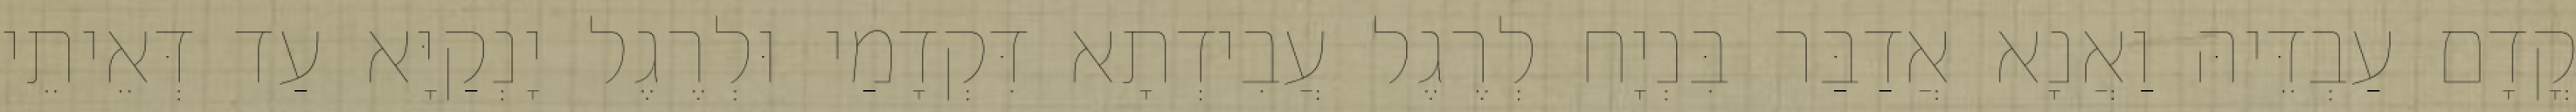
קֳדָם עַבְדֵּיהּ וַאֲנָא אֲדַבַּר בִּנְיָח לְרֶגֶל עֲבִידְתָא דִּקְדָמַי וּלְרֶגֶל יָנְקַיָּא עַד דְּאֵיתֵי